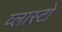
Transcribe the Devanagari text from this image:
व्लास्टो